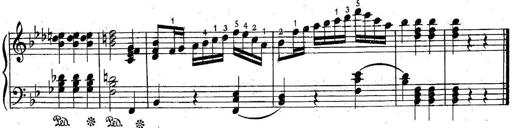
Title: 6 Easy Sonatinas
Composer: Carl Czerny